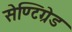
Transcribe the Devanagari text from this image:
सेण्टिग्रेड